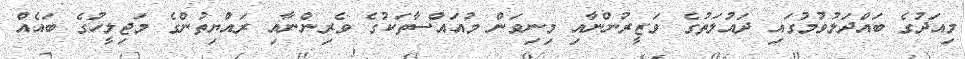
މިއަދުގެ ބައްދަލުވުމުގައި ދައުލަތުގެ ވަޒީރުންނާއި މިނިވަން މުއައްސާތަކުގެ ވެރިންނާއި ރައްޔިތުންގެ މަޖިލީހުގެ ބައެއް